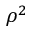
\rho ^ { 2 }